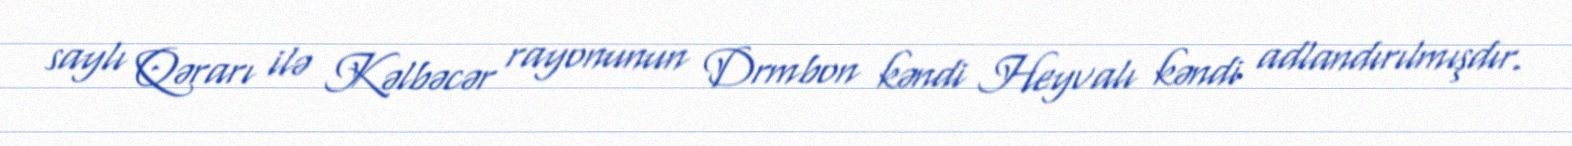
saylı Qərarı ilə Kəlbəcər rayonunun Drmbon kəndi Heyvalı kəndi adlandırılmışdır.